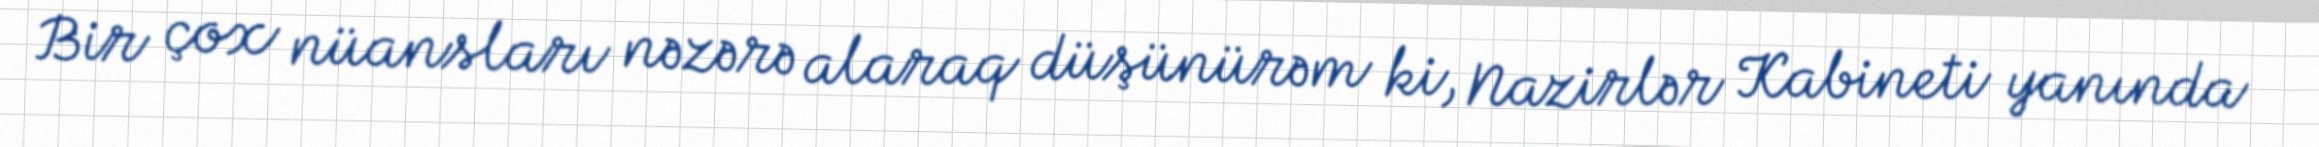
Bir çox nüansları nəzərə alaraq düşünürəm ki, Nazirlər Kabineti yanında